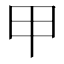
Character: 甲